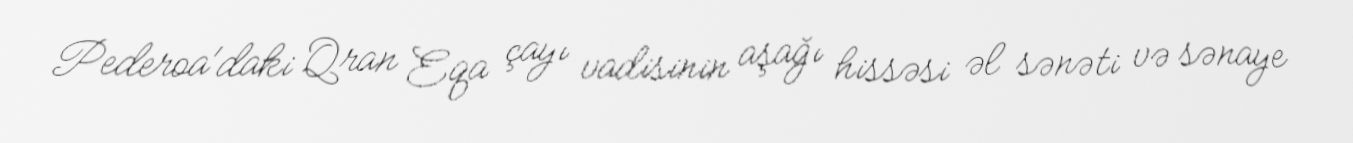
Pederoa'daki Qran Eqa çayı vadisinin aşağı hissəsi əl sənəti və sənaye